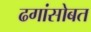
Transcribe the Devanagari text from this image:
ढगांसोबत